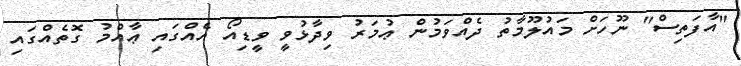
"އާފަތިސް" ނޫހަށް މައުލޫމާތު ދެއްވަމުން ޢުމަރު ވިދާޅުވީ ވީޑިއޯ އެއްގައި ޢާއްމު ގޮތެއްގައި